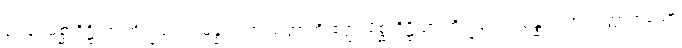
၃၀၄။ မိစ္ဆာဒိဋ္ဌိယာ ဘိက္ခဝေ သမန္နာဂတာ သတ္တာတိ ဧတ္ထ၊ မိစ္ဆာဒိဋ္ဌိယာ ဘိက္ခဝေ သမန္နာဂတာ သတ္တာဟူသော